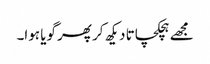
مجھے ہچکچاتا دیکھ کر پھر گویا ہوا۔